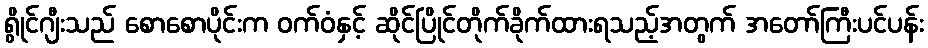
ရွိုင်ဂျီးသည် စောစောပိုင်းက ဝက်ဝံနှင့် ဆိုင်ပြိုင်တိုက်ခိုက်ထားရသည့်အတွက် အတော်ကြီးပင်ပန်း